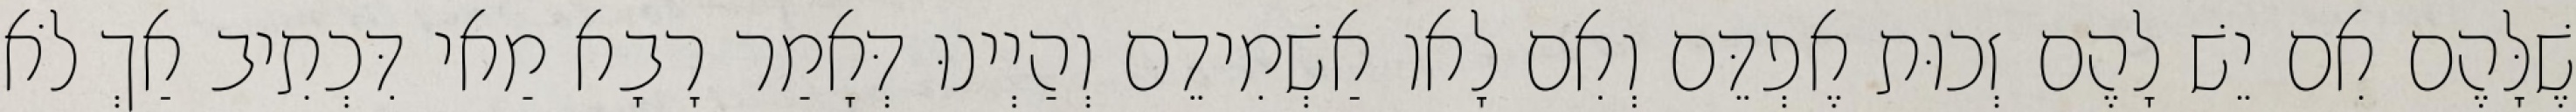
שֶׁלָּהֶם אִם יֵשׁ לָהֶם זְכוּת אֶפְדֵּם וְאִם לָאו אַשְׁמִידֵם וְהַיְינוּ דְּאָמַר רָבָא מַאי דִּכְתִיב אַךְ לֹא